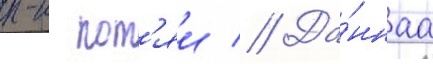
п-к кот'яи // Да́ннаа